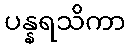
ပန္နရသိကာ